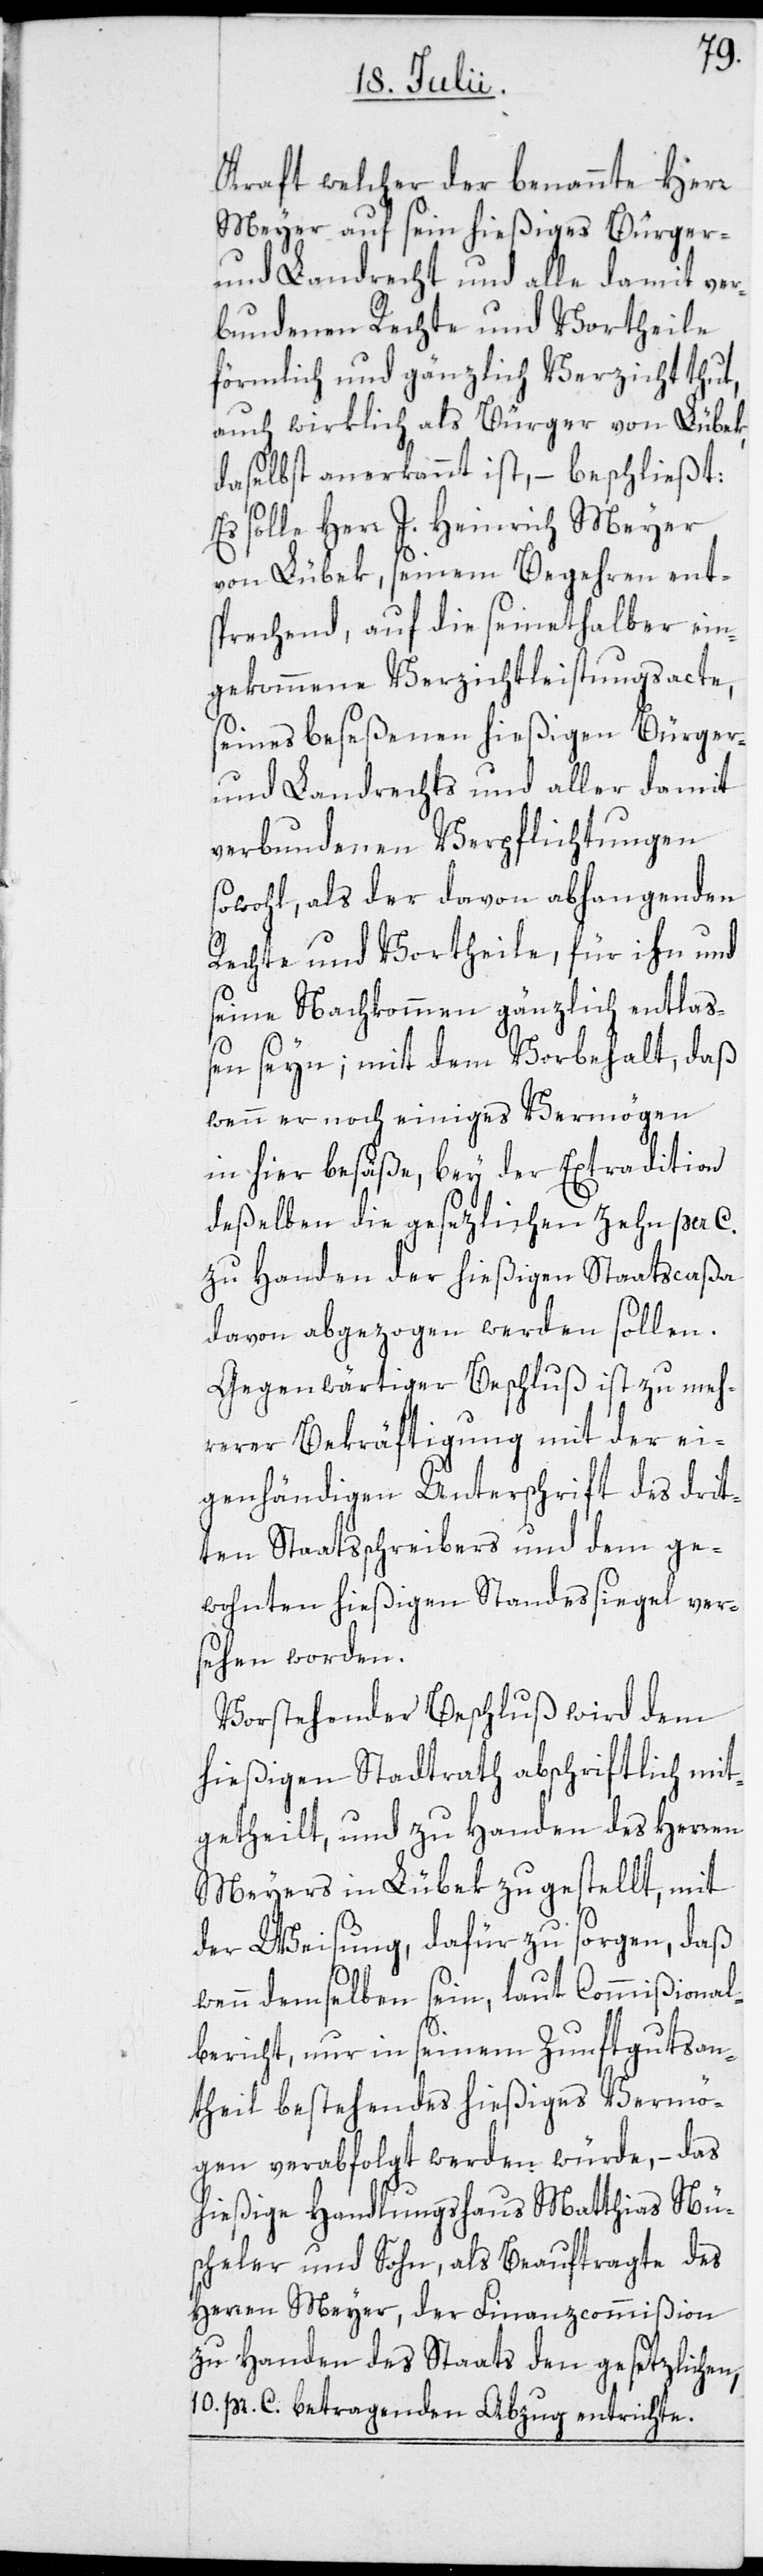
Kraft welcher der benannte Herr
Meyer auf sein hießiges Bürger-
und Landrecht und alle damit ver¬
bundenen Rechte und Vortheile
förmlich und gänzlich Verzicht thut,
auch wirklich als Bürger von Lübek,
daselbst anerkannt ist, – beschließt:
Es solle Herr J. Heinrich Meyer
von Lübek, seinem Begehren ent¬
sprechend, auf die seinethalber ein¬
gekommene Verzichtleistungsacte,
seines beseßenen hießigen Bürger-
und Landrechts und aller damit
verbundenen Verpflichtungen
sowohl, als der davon abhangenden
Rechte und Vortheile, für ihn und
seine Nachkommen gänzlich entlaß¬
en seyn; mit dem Vorbehalt, daß
wenn er noch einiges Vermögen
in hier besäße, bey der Extradition
deßelben die gesezlichen zehn per C.
zu Handen der hießigen Staatscaßa
davon abgezogen werden sollen.
Gegenwärtiger Beschluß ist zu meh¬
rerer Bekräftigung mit der ei¬
genhändigen Unterschrift des drit¬
ten Staatsschreibers und dem ge¬
wohnten hießigen Standessiegel ver¬
sehen worden.
Vorstehender Beschluß wird dem
hießigen Stadtrath abschriftlich mit¬
getheilt, und zu Handen des Herren
Meyers in Lübek zugestellt, mit
der Weisung, dafür zu sorgen, daß
wenn demselben sein, laut Commißional¬
bericht, nur in seinem Zunftgutsan¬
theil bestehendes hießiges Vermö¬
gen verabfolgt werden würde, – das
hießige Handlungshaus Matthias Nü¬
scheler und Sohn, als Beauftragte des
Herren Meyer, der Finanzcommißion
zu Handen des Staats den gesetzlichen,
10. pr. C. betragenden Abzug entrichte.